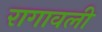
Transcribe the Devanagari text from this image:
रागावली